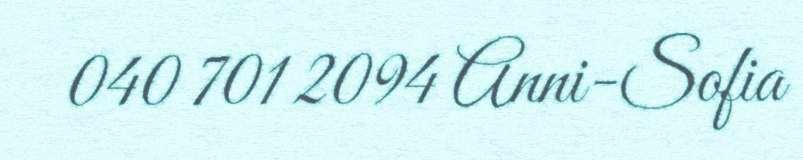
040 701 2094 Anni-Sofia